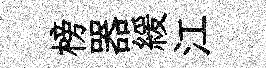
榜器緩江